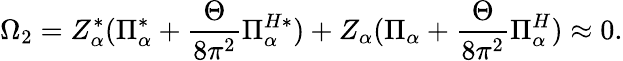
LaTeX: \Omega_{2}=Z_{\alpha}^{*}(\Pi_{\alpha}^{*}+\frac{\Theta}{8\pi^{2}}\Pi_{\alpha}^{H*})+Z_{\alpha}(\Pi_{\alpha}+\frac{\Theta}{8\pi^{2}}\Pi_{\alpha}^{H})\approx 0.